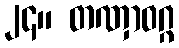
၂၄။ တဏှာဝဂ္ဂ